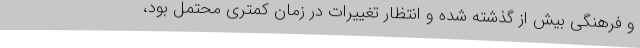
و فرهنگی بیش از گذشته شده و انتظار تغییرات در زمان کمتری محتمل بود،